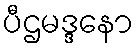
ပီဌမဒ္ဒနော